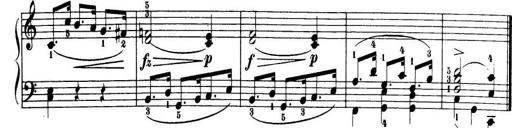
Title: 32 Sonatinas and Rondos for the Piano
Composer: Richard Kleinmichel